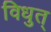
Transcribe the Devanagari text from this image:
विधुत्